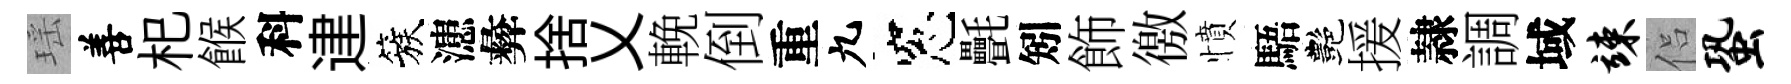
瑶善𣏌餱科䢖簇漶彜捨乂輓倒重九窓㲲矧飾徼憤䮏艷援隷調域竦侣蛩